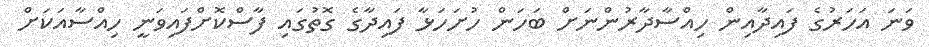
ވަނަ އަހަރުގެ ފައިދާއިން ހިއްސާދާރުންނަށް ބަހަން ހުށަހަޅާ ފައިދާގެ ގޮތުގައި ފާސްކޮށްފައިވަނީ ހިއްސާއަކަށް